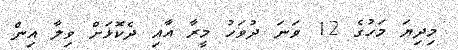
މިދިޔަ މަހުގެ 12 ވަނަ ދުވަހު މީރާ އާއި ދެކޮޅަށް ވިލާ އިން